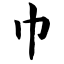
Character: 巾